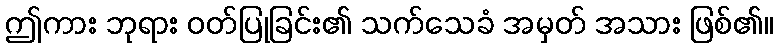
ဤကား ဘုရား ဝတ်ပြုခြင်း၏ သက်သေခံ အမှတ် အသား ဖြစ်၏။